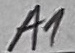
Text: a1